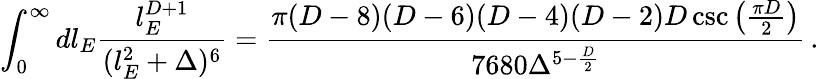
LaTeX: \int_{0}^{\infty}dl_{E}\frac{l_{E}^{D+1}}{(l_{E}^{2}+\Delta)^{6}}=\frac{\pi(D-8)(D-6)(D-4)(D-2)D\csc\big(\frac{\pi D}{2}\big)}{7680\Delta^{5-\frac{D}{2}}}\, .